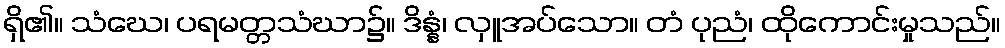
ရှိ၏။ သံဃေ၊ ပရမတ္တသံဃာ၌။ ဒိန္နံ၊ လှူအပ်သော။ တံ ပုညံ၊ ထိုကောင်းမှုသည်။